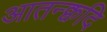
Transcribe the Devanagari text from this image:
आतन्क्वदि